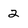
Character: 2